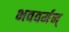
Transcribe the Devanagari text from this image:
भववर्मन्‌